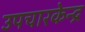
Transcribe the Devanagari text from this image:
उपचारकेन्द्र